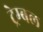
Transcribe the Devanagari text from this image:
ट्रेम्बल